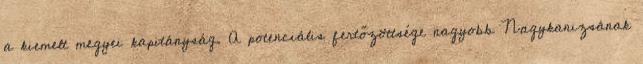
a kiemelt megyei kapitányság. A potenciális fertőzöttsége nagyobb Nagykanizsának